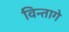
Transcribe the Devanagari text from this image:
विन्तागे